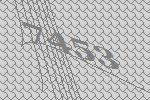
7453